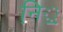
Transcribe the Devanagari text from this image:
नि़़॒